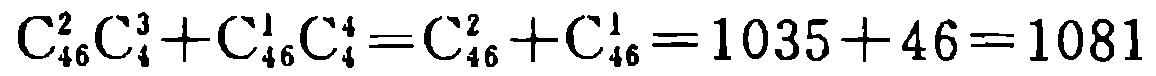
\(\mathrm{C}_{46}^{2}\mathrm{C}_{4}^{3}+\mathrm{C}_{46}^{1}\mathrm{C}_{4}^{4}=\mathrm{C}_{46}^{2}+\mathrm{C}_{46}^{1}=1035 + 46=1081\)